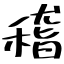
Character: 稽